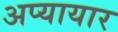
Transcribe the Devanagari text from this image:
अप्यायार